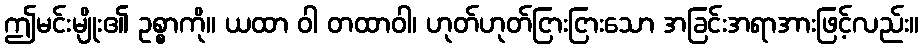
ဤမင်းမျိုး၏ ဥစ္စာကို။ ယထာ ဝါ တထာဝါ၊ ဟုတ်ဟုတ်ငြားငြားသော အခြင်းအရာအားဖြင့်လည်း။